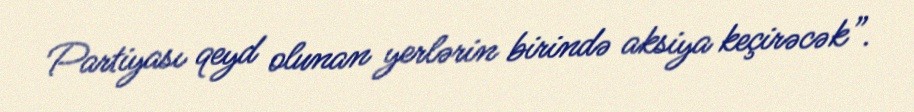
Partiyası qeyd olunan yerlərin birində aksiya keçirəcək”.